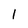
Character: 1